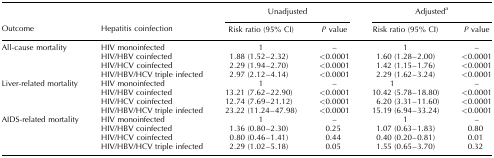
<table><thead><tr><td></td><td></td><td colspan="2"><b>Unadjusted</b></td><td colspan="2"><b>Adjusted<sup>a</sup></b></td></tr><tr><td><b>Outcome</b></td><td><b>Hepatitis coinfection</b></td><td><b>Risk ratio (95% CI)</b></td><td><b><i>P</i> value</b></td><td><b>Risk ratio (95% CI)</b></td><td><b><i>P</i> value</b></td></tr></thead><tbody><tr><td>All-cause mortality</td><td>HIV monoinfected</td><td>1</td><td>–</td><td>1</td><td>–</td></tr><tr><td></td><td>HIV/HBV coinfected</td><td>1.88 (1.52–2.32)</td><td>&lt;0.0001</td><td>1.60 (1.28–2.00)</td><td>&lt;0.0001</td></tr><tr><td></td><td>HIV/HCV coinfected</td><td>2.29 (1.94–2.70)</td><td>&lt;0.0001</td><td>1.42 (1.15–1.76)</td><td>&lt;0.0001</td></tr><tr><td></td><td>HIV/HBV/HCV triple infected</td><td>2.97 (2.12–4.14)</td><td>&lt;0.0001</td><td>2.29 (1.62–3.24)</td><td>&lt;0.0001</td></tr><tr><td>Liver-related mortality</td><td>HIV monoinfected</td><td>1</td><td>–</td><td>1</td><td>–</td></tr><tr><td></td><td>HIV/HBV coinfected</td><td>13.21 (7.62–22.90)</td><td>&lt;0.0001</td><td>10.42 (5.78–18.80)</td><td>&lt;0.0001</td></tr><tr><td></td><td>HIV/HCV coinfected</td><td>12.74 (7.69–21.12)</td><td>&lt;0.0001</td><td>6.20 (3.31–11.60)</td><td>&lt;0.0001</td></tr><tr><td></td><td>HIV/HBV/HCV triple infected</td><td>23.22 (11.24–47.98)</td><td>&lt;0.0001</td><td>15.19 (6.94–33.24)</td><td>&lt;0.0001</td></tr><tr><td>AIDS-related mortality</td><td>HIV monoinfected</td><td>1</td><td>–</td><td>1</td><td>–</td></tr><tr><td></td><td>HIV/HBV coinfected</td><td>1.36 (0.80–2.30)</td><td>0.25</td><td>1.07 (0.63–1.83)</td><td>0.80</td></tr><tr><td></td><td>HIV/HCV coinfected</td><td>0.80 (0.46–1.41)</td><td>0.44</td><td>0.40 (0.20–0.81)</td><td>0.01</td></tr><tr><td></td><td>HIV/HBV/HCV triple infected</td><td>2.29 (1.02–5.18)</td><td>0.05</td><td>1.55 (0.65–3.70)</td><td>0.32</td></tr></tbody></table>